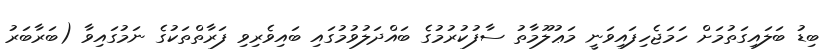
ބިޑު ބަލައިގަތުމަށް ހަމަޖެހިފައިވަނީ މަޢުލޫމާތު ސާފުކުރުމުގެ ބައްދަލުވުމުގައި ބައިވެރިވި ފަރާތްތަކުގެ ނަމުގައިވާ (ބަރާބަރު